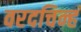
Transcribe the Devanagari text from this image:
वरदचिन्ह